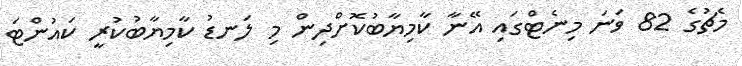
މެޗުގެ 82 ވަނަ މިނެޓްގައި އޭނާ ކާމިޔާބުކޮށްދިން މި ލަނޑު ކާމިޔާބުކުރީ ކައުންޓަ